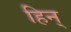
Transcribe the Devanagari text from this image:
हिन्